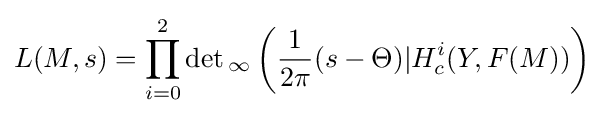
L(M,s)=\prod _{i=0}^{2}\det {}_{\infty }\left({\frac {1}{2\pi }}(s-\Theta )|H_{c}^{i}(Y,F(M))\right)